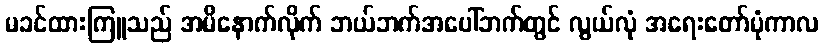
မခင်ထားကြူသည် အမိနောက်လိုက် ဘယ်ဘက်အပေါ်ဘက်တွင် လွယ်လုံ အရေးတော်ပုံကာလ